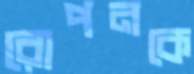
রোপনকে